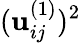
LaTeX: (\mathbf{u}_{ij}^{(1)})^{2}